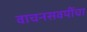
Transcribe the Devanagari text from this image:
वाचनसवयींचा